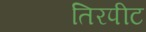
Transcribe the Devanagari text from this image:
तिरपीट